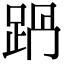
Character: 𨀩